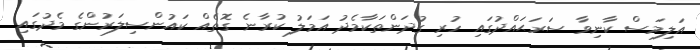
އަލިމަސް ކާނިވާ ސަރަޙައްދުގައި ހުރި ގުދަންތަކާމެދު އަމަލު ކުރާނެ ގޮތެއް ކައުންސިލަރުންގެ މެދުގައި